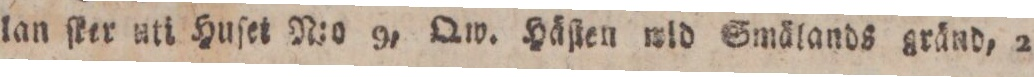
lan ſker uti Huſet N:o 9, Qw. Häſten wid Smälands gränd, 2